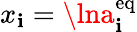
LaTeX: x_{\mathbf{i}}=\lna_{\mathbf{i}}^{\mathrm{{{eq}}}}